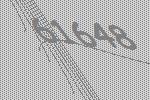
61648